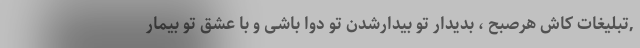
,تبلیغات کاش هرصبح ، بدیدار تو بیدارشدن تو دوا باشی و با عشق تو بیمار